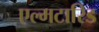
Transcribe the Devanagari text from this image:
एल्मटारिड